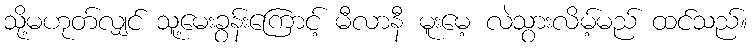
သို့မဟုတ်လျှင် သူ့မေးခွန်းကြောင့် မီလာနီ မူးမေ့ လဲသွားလိမ့်မည် ထင်သည်။